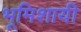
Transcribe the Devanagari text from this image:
भूमिशायी